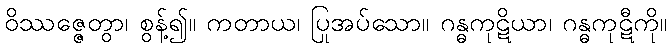
ဝိဿဇ္ဇေတွာ၊ စွန့်၍။ ကတာယ၊ ပြုအပ်သော။ ဂန္ဓကုဋိယာ၊ ဂန္ဓကုဋီကို။